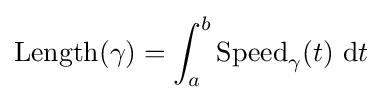
\operatorname {Length} (\gamma )=\int _{a}^{b}{\operatorname {Speed} _{\gamma }}(t)~\mathrm {d} {t}